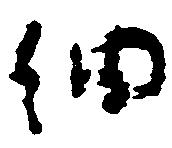
細